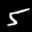
Label: 5